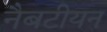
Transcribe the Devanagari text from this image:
नैबटीयन